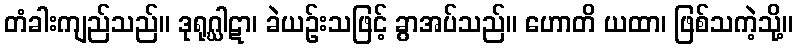
တံခါးကျည်သည်။ ဒုရုဂ္ဃါဋာ၊ ခဲယဉ်းသဖြင့် ခွာအပ်သည်။ ဟောတိ ယထာ၊ ဖြစ်သကဲ့သို့။